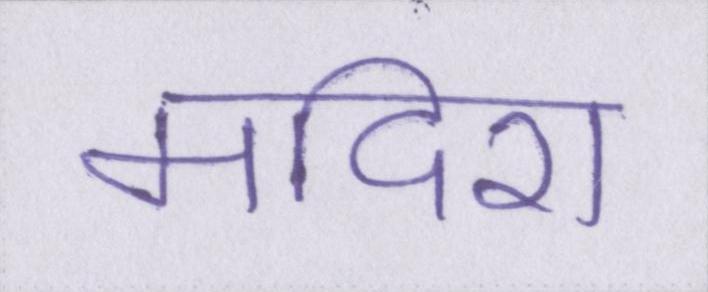
मदिरा